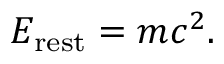
E _ { \mathrm { r e s t } } = m c ^ { 2 } .